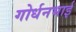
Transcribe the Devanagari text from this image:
गोर्धनभाई